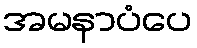
အမနာပံပေ